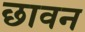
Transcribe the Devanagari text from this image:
छावन